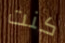
كنت